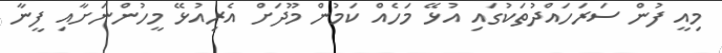
މިއީ ފުން ސަރަހައްދުތަކުގައި އުޅޭ މަހެއް ކަމުން މޫދަށް އެރިއުޅޭ މީހުންނަށާއި ފީނާ